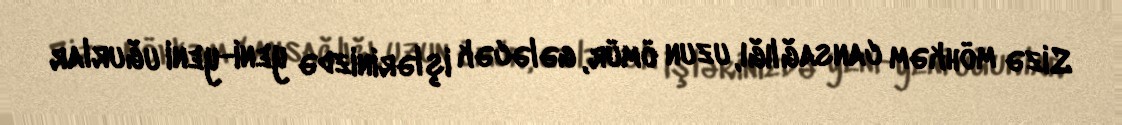
Sizə möhkəm cansağlığı, uzun ömür, gələcək işlərinizdə yeni-yeni uğurlar